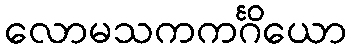
လောမသကကင်္ဂိယော